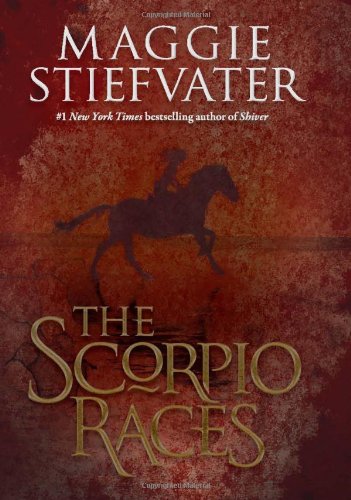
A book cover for The Scorpio Races; Maggie Stiefvater; Teen & Young Adult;